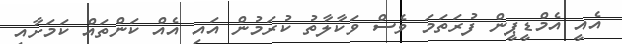
އެއީ އެމްޑީޕީން ފުރަތަމަ ވެސް ވަކާލާތު ކުރަމުން އައި އެއް ކަންތައް ކަމަށާއި